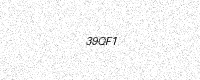
Text: 39QF1